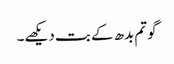
گوتم بدھ کے بت دیکھے۔